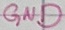
Text: GND